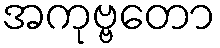
အကုဗ္ဗတော